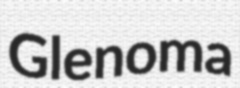
Glenoma